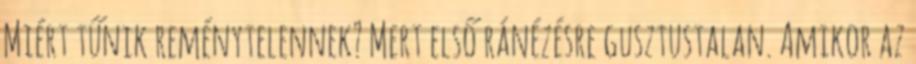
Miért tűnik reménytelennek? Mert első ránézésre gusztustalan. Amikor az